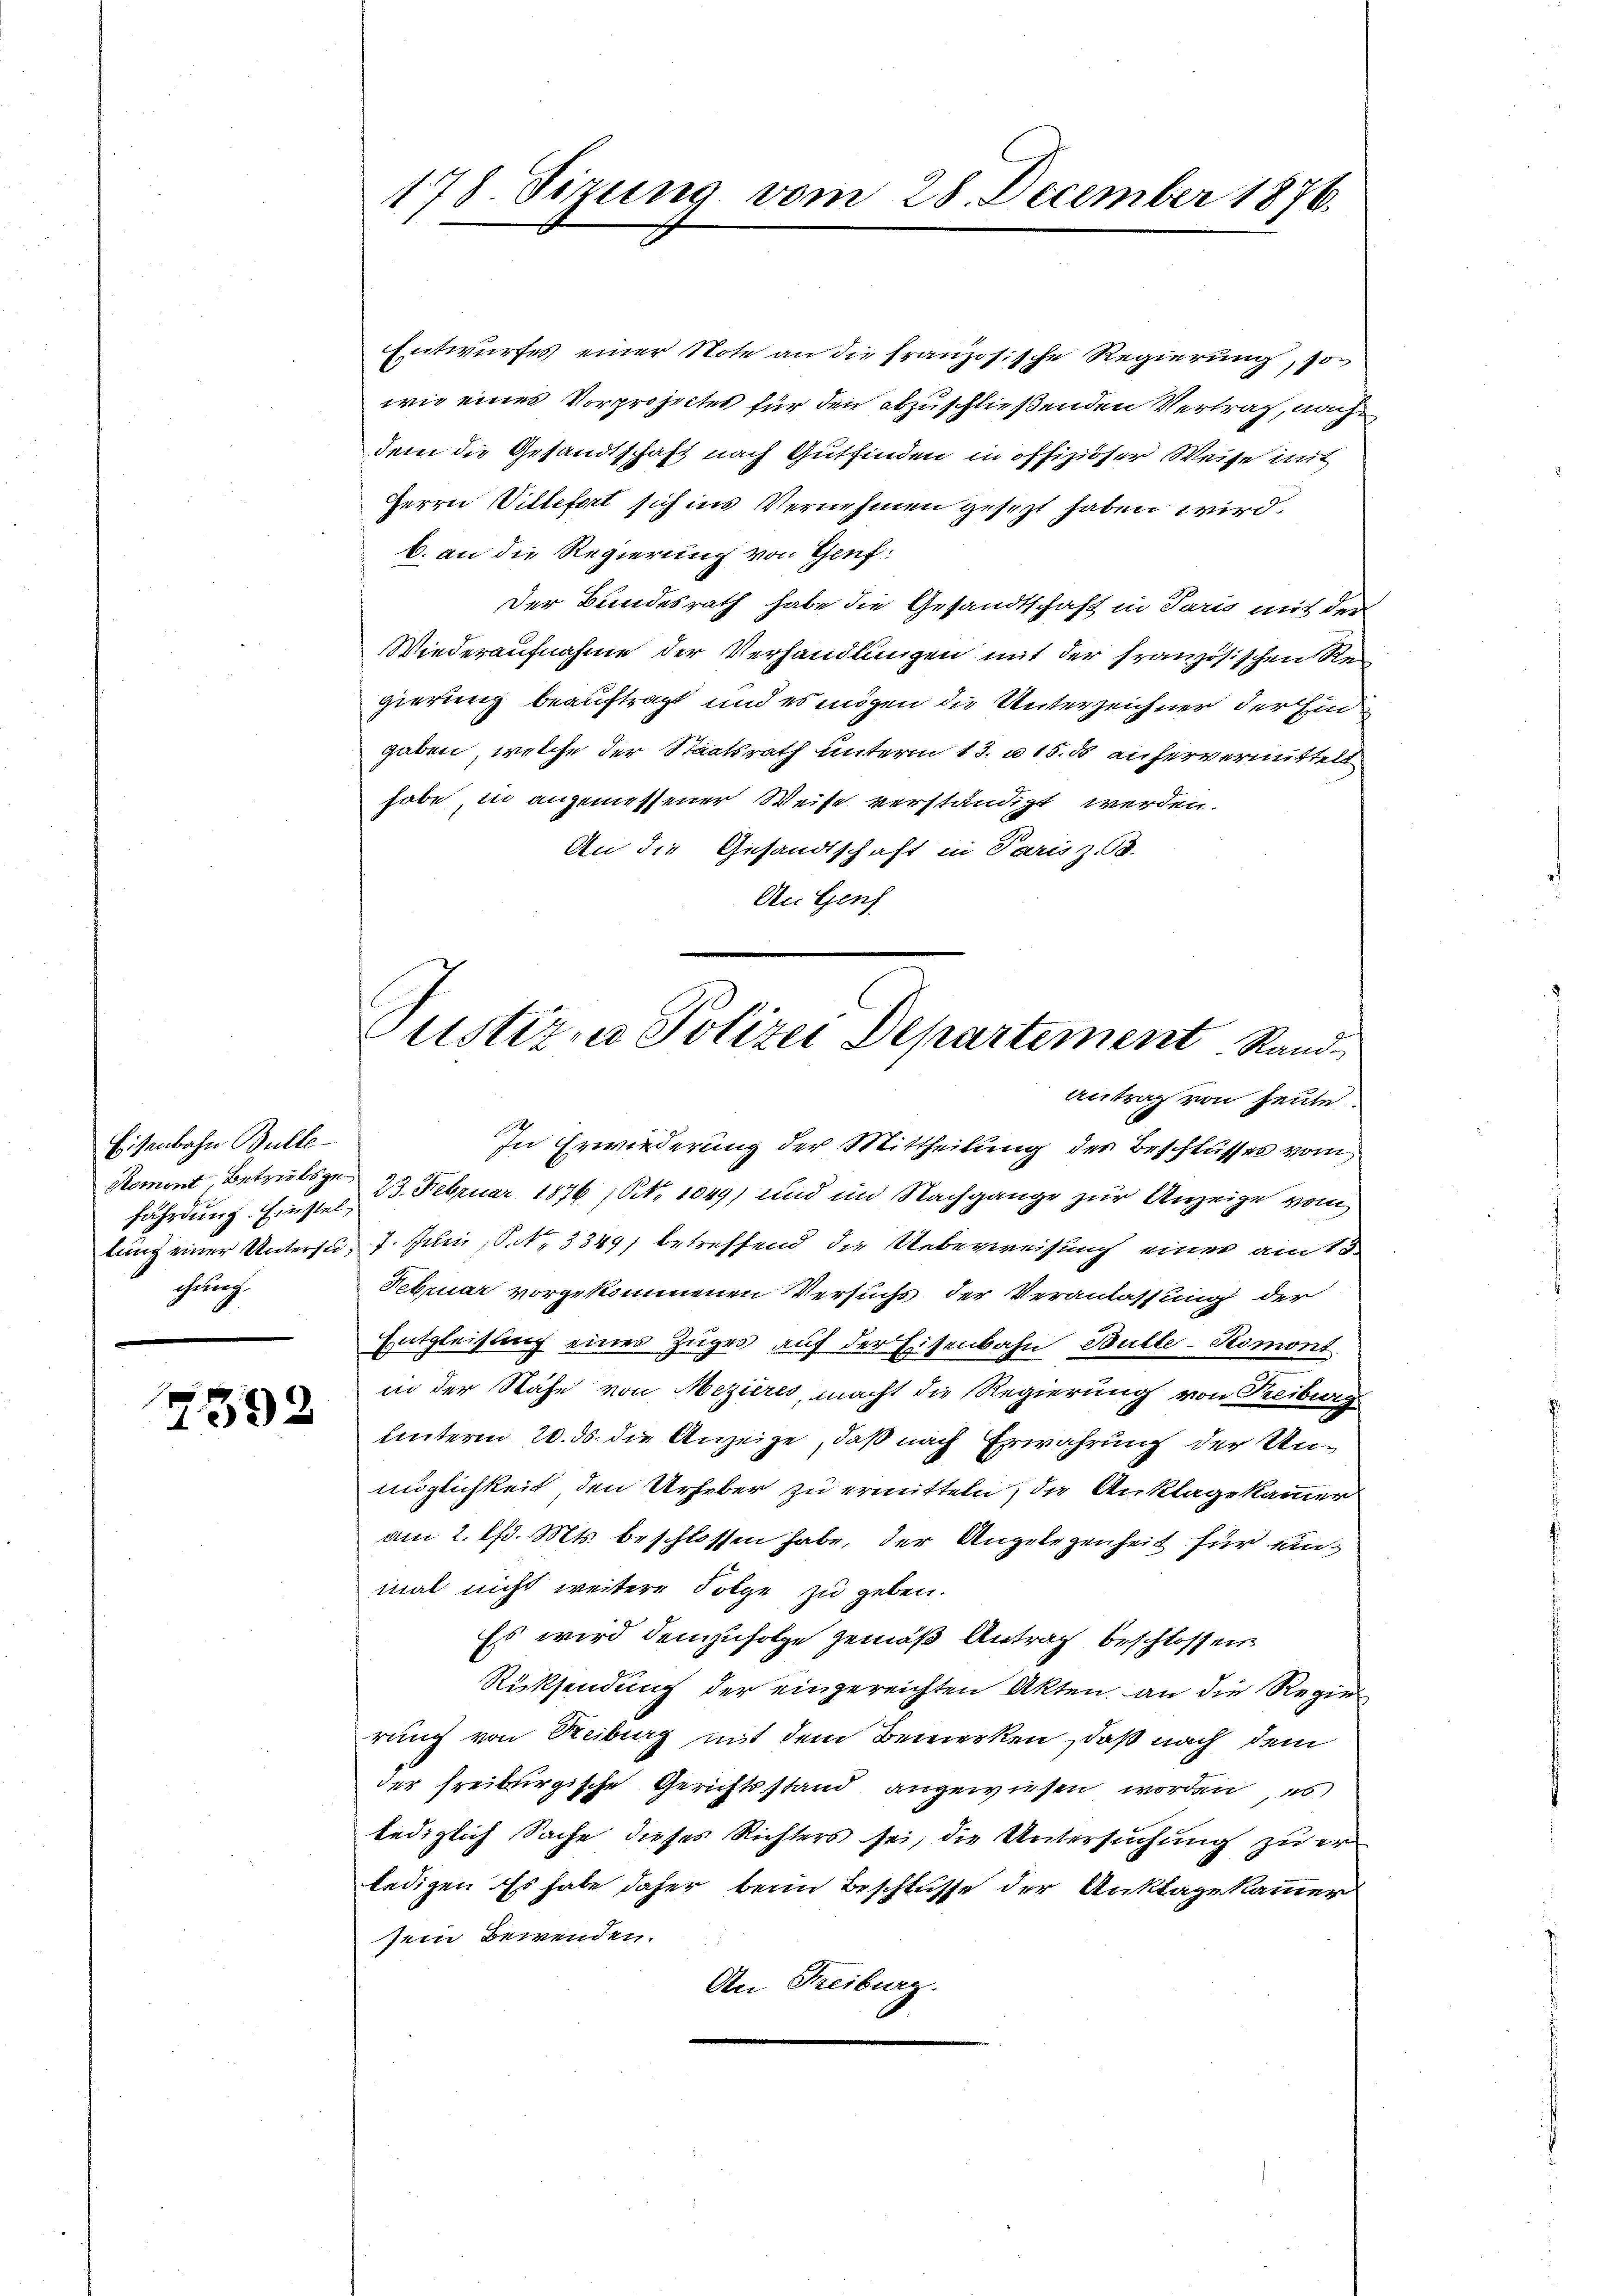
Eisenbahn Bulle-
fährdung. Einstelahrung.

x
1392

178. Sizung vom 28. December 1876.

Entwurfes einer Note an die französische Regierung, so
wie eines Vorprojectes für den abzuschließenden Vertrag, nach
dem die Gesandtschaft nach Gutfinden in offiziöser Weise mit
Herrn Villefert sich ins Vernehmen gesezt haben wird.
b. an die Regierung von Genf:
Der Bundesrath habe die Gesandtschaft in Paris mit der
Wiederaufnahme der Verhandlungen mit der französischen Re
gierung beauftragt und es mögen die Unterzeichner der Eingaben, welche der Staatsrath unterm 13. u 15. ds anhervermittelt
habe, in angemessener Weise verständigt werden.
An die Gesandtschaft in Paris z. B.
An Genf

Pustiz- u Polizei Departement. Stand
Antrag von heute.

In Erwiederung der Mittheilung der Beschlusses vom
Romont, Betrübse 23. Februar 1876 (Nr. 1049) und im Nachgange zur Anzeige vom
lung einer Untersu- 7. Juni, P. Nr. 3349) betreffend die Ueberweisung einer am 15.
Februar vorgekommenen Versuchs der Veranlassung der
Entgleisung eines Zuges auf der Eisenbahn Bulle-Romont
in der Nähe von Mezieres, macht die Regierung von Freiburg
hinterm 20. ds. die Anzeige, daß nach Erwährung der Unmöglichkeit, den Urheber zu ermitteln, die Anklage kammer
am 2. d. Mts. beschlossen habe, der Angelegenheit für unmal nicht weitere Folge zu geben.
Es wird demzufolge gemäß Antrag beschlossen
Rücksendung der eingereichten Akten, an die Regierung von Reiburg mit dem Bemerken, daß nach dem
der freiburgische Gerichtsstand angewiesen worden, es
lediglich Sache dieses Richters sei, die Untersuchung zu erledigen Es habe daher beim Beschlusse der Anklage kammer
sein Bewenden.
An Freiburg.